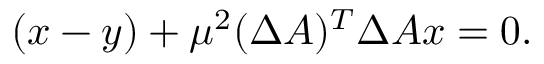
( x - y ) + \mu ^ { 2 } ( \Delta A ) ^ { T } \Delta A x = 0 .